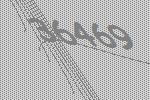
36469